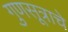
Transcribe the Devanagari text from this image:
गुणसूत्राचे